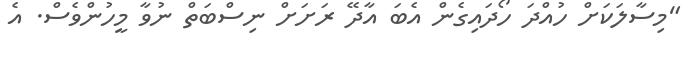
"މިސާލަކަށް ހުއްދަ ހޯދައިގެން އެބަ އާދޭ ރަށަށް ނިސްބަތް ނުވާ މީހުންވެސް. އެ